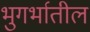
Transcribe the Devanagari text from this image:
भुगर्भातील